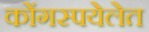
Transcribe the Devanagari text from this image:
कोंगस्पयेलेत